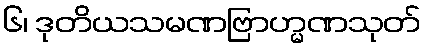
၆၊ ဒုတိယသမဏဗြာဟ္မဏသုတ်